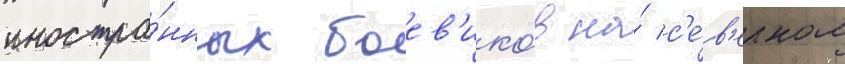
иностра́нных боев'ико́в на́ с'е́в'ерном